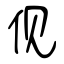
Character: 伣